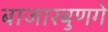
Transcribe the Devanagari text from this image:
बाजारबुणगे